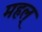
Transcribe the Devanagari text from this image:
महल्